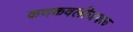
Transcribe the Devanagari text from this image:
कणकवलीजवळ